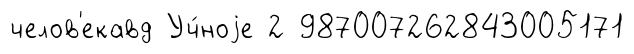
челов'екавд Уч́ноjе 2 987007262843005171